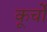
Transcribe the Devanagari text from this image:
कूर्चो